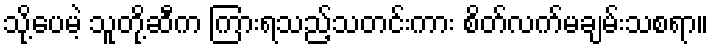
သို့ပေမဲ့ သူတို့ဆီက ကြားရသည့်သတင်းကား စိတ်လက်မချမ်းသစရာ။